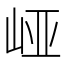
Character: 𱛝